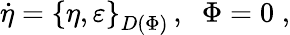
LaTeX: \dot{\eta}=\left\{ \eta,\varepsilon\right\} _{D(\Phi)}\, ,\; \; \Phi=0\; ,